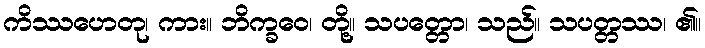
ကိဿဟေတု၊ ကား။ ဘိက္ခဝေ၊ တို့။ သပတ္တော၊ သည်။ သပတ္တဿ၊ ၏။